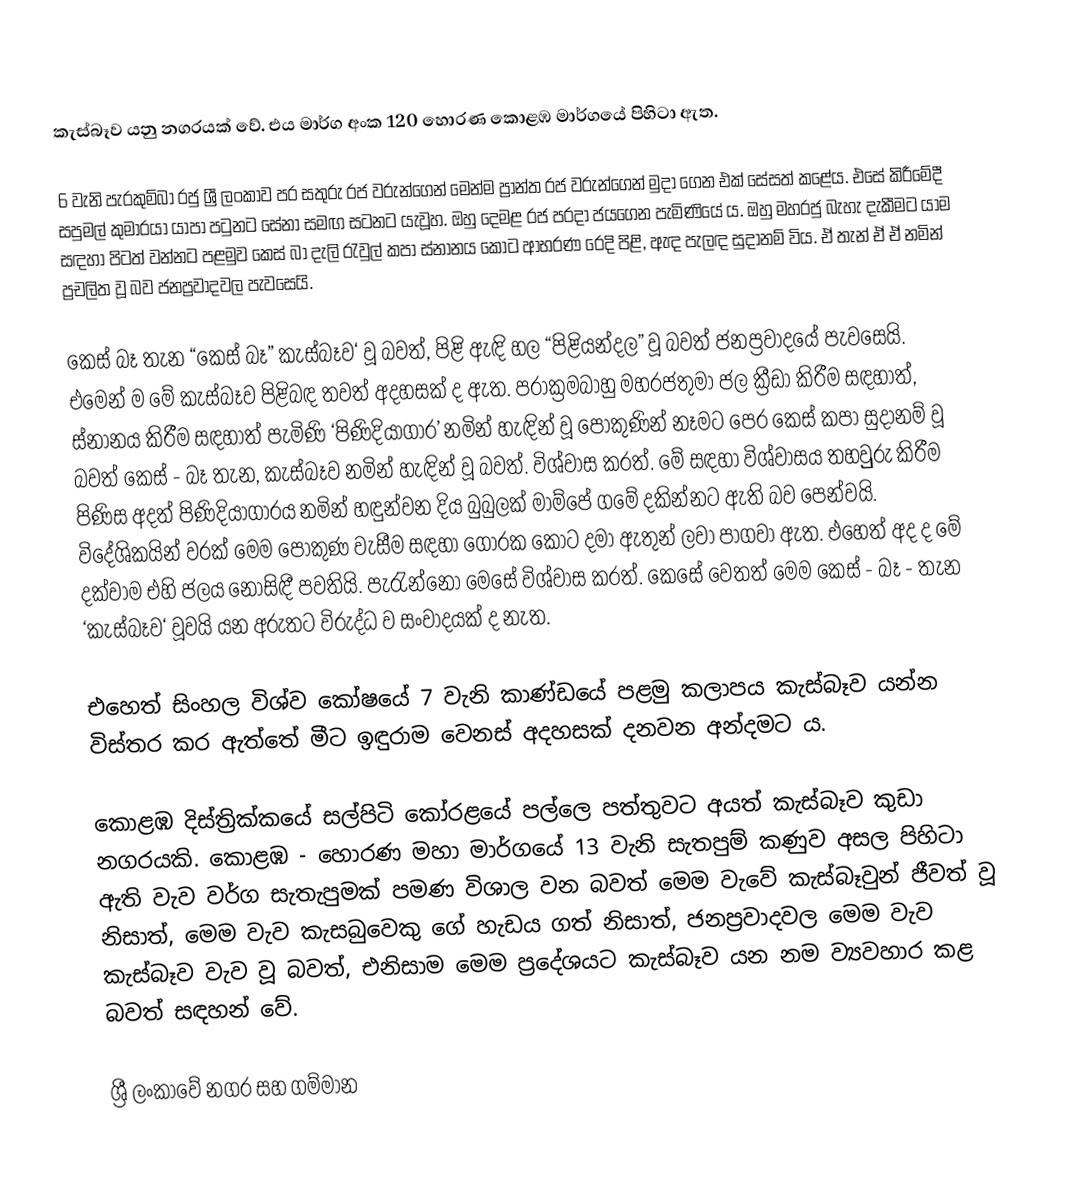
කැස්බෑව යනු නගරයක් වේ. එය මාර්ග අංක 120 හොරණ කොළඹ මාර්ගයේ පිහිටා ඇත.

6 වැනි පැරකුම්බා රජු ශ්‍රී ලංකාව පර සතුරු රජ වරුන්ගෙන් මෙන්ම ප්‍රාන්ත රජ වරුන්ගෙන් මුදා ගෙන එක් සේසත් කළේය. එසේ කිරීමේදී සපුමල් කුමාරයා යාපා පටුනට සේනා සමඟ සටනට යැවූහ. ඔහු දෙමළ රජ පරදා ජයගෙන පැමිණියේ ය. ඔහු මහරජු බැහැ දැකීමට යාම සඳහා පිටත් වන්නට පළමුව කෙස් බා දැලි රැවුල් කපා ස්නානය කොට ආභරණ රෙදි පිළි, ඇඳ පැලඳ සුදානම් විය. ඒ තැන් ඒ ඒ නමින් ප්‍රචලිත වූ බව ජනප්‍රවාදවල පැවසෙයි.

කෙස් බෑ තැන “කෙස් බෑ” කැස්බෑව‘ වූ බවත්, පිළි ඇඳි හල “පිළියන්දල” වූ බවත් ජනප්‍රවාදයේ පැවසෙයි. එමෙන් ම මේ කැස්බෑව පිළිබඳ තවත් අදහසක් ද ඇත. පරාක්‍රමබාහු මහරජතුමා ජල ක්‍රීඩා කිරීම සඳහාත්, ස්නානය කිරීම සඳහාත් පැමිණි ‘පිණිදියාගාර’ නමින් හැඳින් වූ පොකුණින් නෑමට පෙර කෙස් කපා සුදානම් වූ බවත් කෙස් - බෑ තැන, කැස්බෑව නමින් හැඳින් වූ බවත්. විශ්වාස කරත්. මේ සඳහා විශ්වාසය තහවුුරු කිරීම පිණිස අදත් පිණිදියාගාරය නමින් හඳුන්වන දිය බුබුලක් මාම්පේ ගමේ දකින්නට ඇති බව පෙන්වයි. විදේශිකයින් වරක් මෙම පොකුණ වැසීම සඳහා ගොරක කොට දමා ඇතුන් ලවා පාගවා ඇත. එහෙත් අද ද මේ දක්වාම එහි ජලය නොසිඳී පවතියි. පැරැන්නෝ මෙසේ විශ්වාස කරත්. කෙසේ වෙතත් මෙම කෙස් - බෑ - තැන ‘කැස්බෑව‘ වූවයි යන අරුතට විරුද්ධ ව සංවාදයක් ද නැත.

එහෙත් සිංහල විශ්ව කෝෂයේ 7 වැනි කාණ්ඩයේ පළමු කලාපය කැස්බෑව යන්න විස්තර කර ඇත්තේ මීට ඉඳුරාම වෙනස් අදහසක් දනවන අන්දමට ය.

කොළඹ දිස්ත්‍රික්කයේ සල්පිටි කෝරළයේ පල්ලෙ පත්තුවට අයත් කැස්බෑව කුඩා නගරයකි. කොළඹ - හොරණ මහා මාර්ගයේ 13 වැනි සැතපුම් කණුව අසල පිහිටා ඇති වැව වර්ග සැතැපුමක් පමණ විශාල වන බවත් මෙම වැවේ කැස්බෑවුන් ජීවත් වූ නිසාත්, මෙම වැව කැසබුවෙකු ගේ හැඩය ගත් නිසාත්, ජනප්‍රවාදවල මෙම වැව කැස්බෑව වැව වූ බවත්, එනිසාම මෙම ප්‍රදේශයට කැස්බෑව යන නම ව්‍යවහාර කළ බවත් සඳහන් වේ.

ශ්‍රී ලංකාවේ නගර සහ ගම්මාන